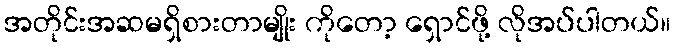
အတိုင်းအဆမရှိစားတာမျိုး ကိုတော့ ရှောင်ဖို့ လိုအပ်ပါတယ်။